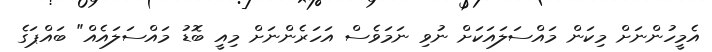
އެމީހުންނަށް މިކަން މައްސަލައަކަށް ނުވި ނަމަވެސް އަހަރެންނަށް މިއީ ބޮޑު މައްސަލައެއް" ބައްޕަގެ